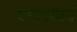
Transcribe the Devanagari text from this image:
घातापर्यंतचे